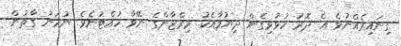
ގިނައިރެއްނުވެ އެ ދޮރު ހުޅުވިގެން ދިޔުމާއެކު މިރްޒާންގެ ނޭވާ ހުއްޓުނެވެ. ނުހަނު ގާތުން